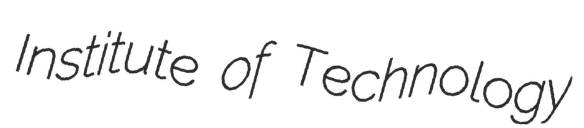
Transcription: Institute of Technology